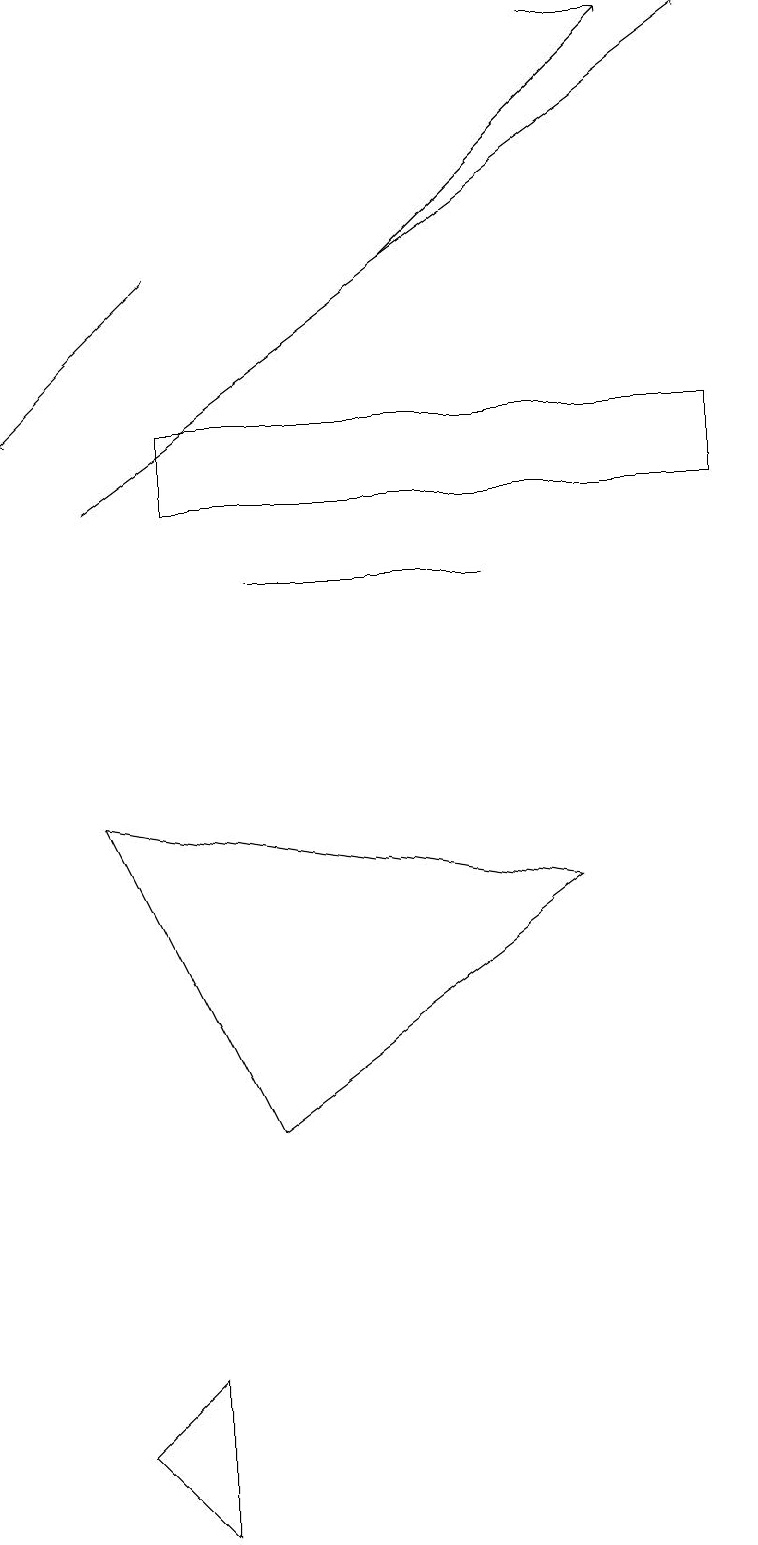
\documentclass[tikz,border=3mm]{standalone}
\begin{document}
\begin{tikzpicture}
\draw (3,5) -- (7,8) -- (1,9) -- cycle;
\draw[->] (2,16) -- (0,14);
\draw (9,14) rectangle (2,13);
\draw (1,1) -- (2,2) -- (2,0) -- cycle;
\draw (6,12) rectangle (3,12);
\draw[->] (1,13) -- (9,19);
\draw[->] (5,16) -- (8,19);
\draw (8,19) rectangle (7,19);
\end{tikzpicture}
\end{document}